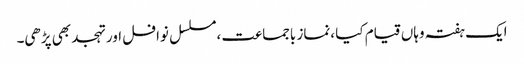
ایک ہفتہ وہاں قیام کیا ،نماز باجماعت ،مسلسل نوافل اور تہجد بھی پڑھی۔